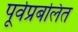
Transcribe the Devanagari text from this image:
पूर्वप्रबलित